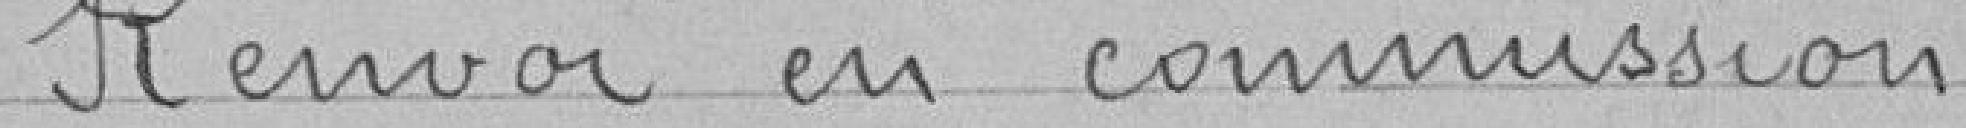
Renvoi en commission